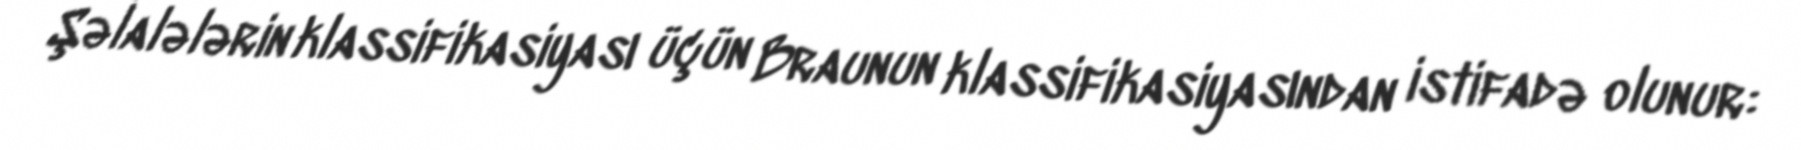
Şəlalələrin klassifikasiyası üçün Braunun klassifikasiyasından istifadə olunur: